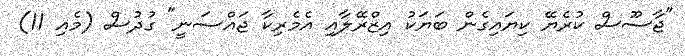
"ޖާސޫސް ކުރެޔޭ ކިޔައިގެން ބަޔަކު އިޒްރޭލާއި އެމެރިކާ ޖައްސަނީ" ގުދުސް (މެއި 11)